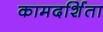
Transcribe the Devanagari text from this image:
कामदर्शिता